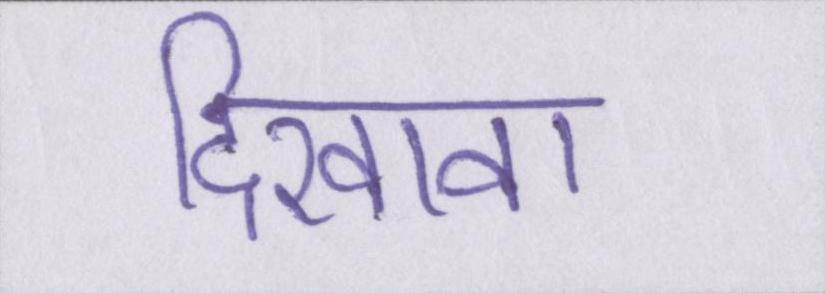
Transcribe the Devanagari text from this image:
दिखावा